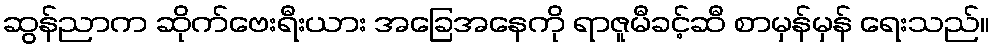
ဆွန်ညာက ဆိုက်ဗေးရီးယား အခြေအနေကို ရာဇူမီခင့်ဆီ စာမှန်မှန် ရေးသည်။